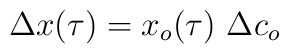
\Delta x(\tau) = x_{o}(\tau) \  \Delta c_{o}